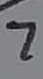
Text: 7